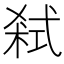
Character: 弒